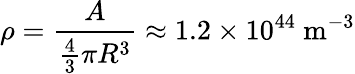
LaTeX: \rho={\frac{A}{{\begin{array}{l}{{\frac{4}{3}}}\end{array}}\pi R^{3}}}\approx 1.2\times 10^{44}\ \mathrm{m}^{-3}